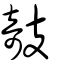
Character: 攲